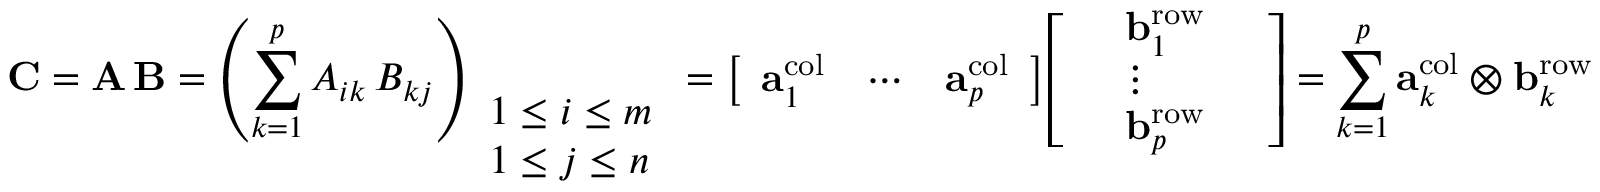
\mathbf { C } = \mathbf { A } \, \mathbf { B } = \left( \sum _ { k = 1 } ^ { p } { A } _ { i k } \, { B } _ { k j } \right) _ { \begin{array} { l } { 1 \leq i \leq m } \\ { 1 \leq j \leq n } \end{array} } = { \left[ \begin{array} { l l l } { \mathbf { a } _ { 1 } ^ { \mathrm { c o l } } } & { \cdots } & { \mathbf { a } _ { p } ^ { \mathrm { c o l } } } \end{array} \right] } { \left[ \begin{array} { l l l } & { \mathbf { b } _ { 1 } ^ { \mathrm { r o w } } } & \\ & { \vdots } & \\ & { \mathbf { b } _ { p } ^ { \mathrm { r o w } } } & \end{array} \right] } = \sum _ { k = 1 } ^ { p } \mathbf { a } _ { k } ^ { \mathrm { c o l } } \otimes \mathbf { b } _ { k } ^ { \mathrm { r o w } }